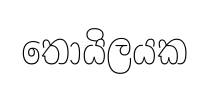
තොයිලයක